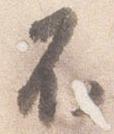
不